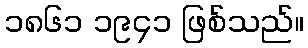
၁၈၆၁ ၁၉၄၁ ဖြစ်သည်။